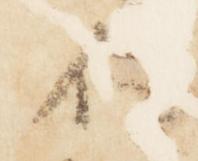
不